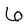
Character: 6